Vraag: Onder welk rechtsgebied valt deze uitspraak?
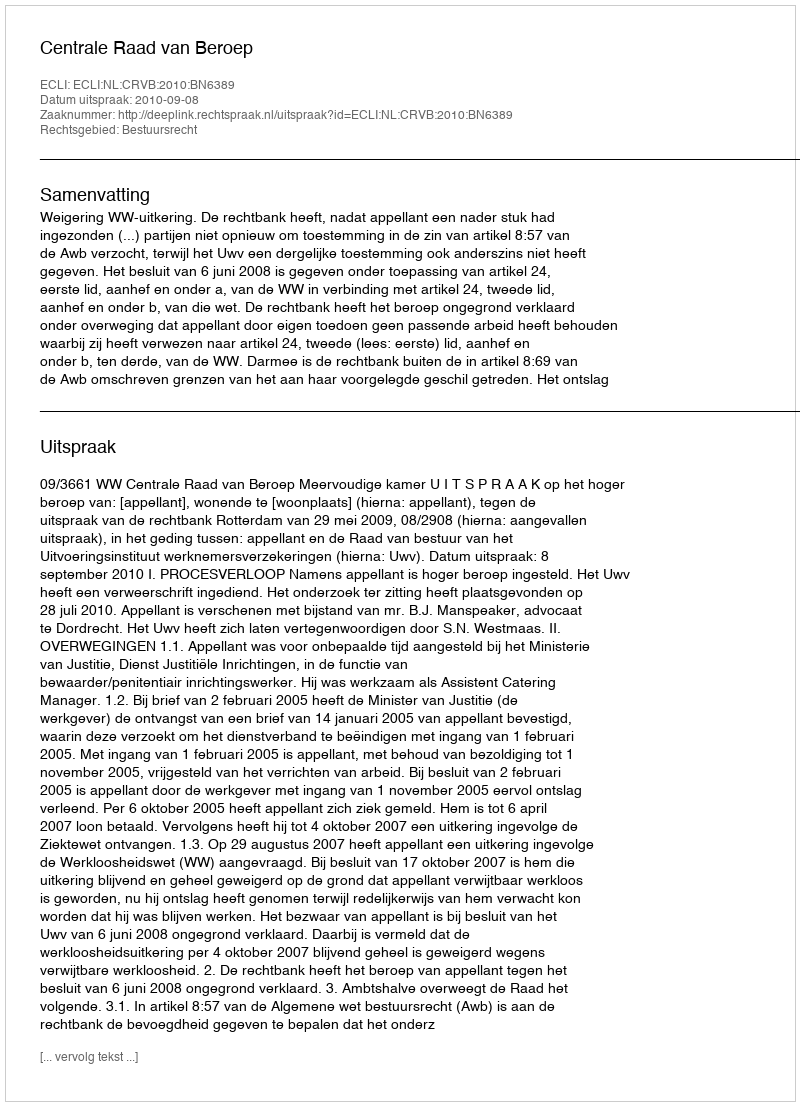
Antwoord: Bestuursrecht